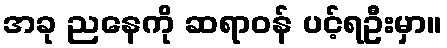
အခု ညနေကို ဆရာဝန် ပင့်ရဦးမှာ။